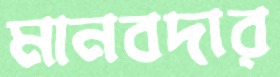
মানবদার